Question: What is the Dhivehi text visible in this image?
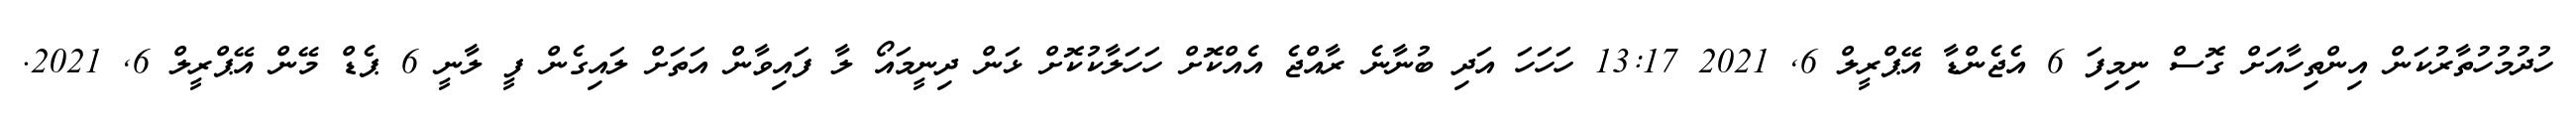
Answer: ހުދުމުހުތާރުކަން އިންތިހާއަށް ގޮސް ނިމިފަ 6 އެޖެންޑާ އޭޕްރީލް 6, 2021 13:17 ހަހަހަ އަދި ބުނާނެ ރާއްޖެ އެއްކޮށް ހަހަލާކުކޮށް ޅަން ދިނީމައޯ ލާ ފައިވާން އަތަށް ލައިގެން ފީ ލާނީ 6 ޕެޑް މޭން އޭޕްރީލް 6, 2021.